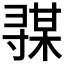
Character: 𰍦